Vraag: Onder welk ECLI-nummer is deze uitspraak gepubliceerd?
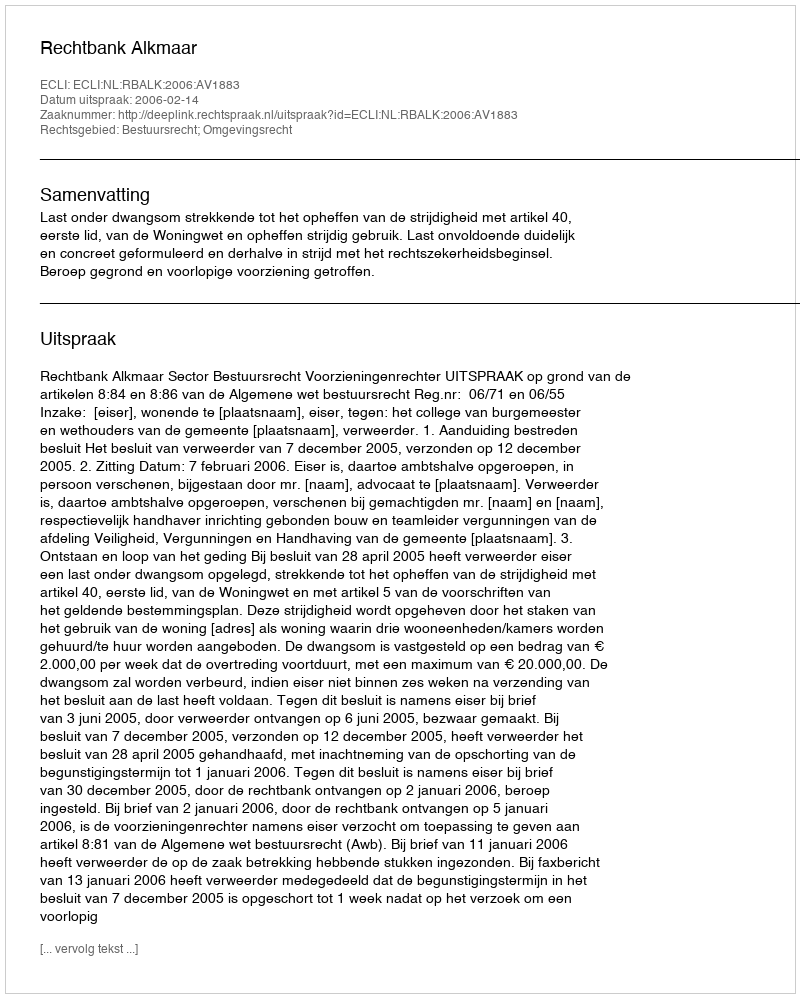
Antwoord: ECLI:NL:RBALK:2006:AV1883